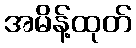
အမိန့်ထုတ်